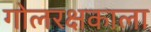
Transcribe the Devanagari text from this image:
गोलरक्षकाला